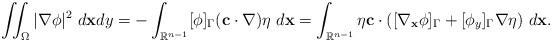
LaTeX: \begin{align*}\iint_\Omega|\nabla\phi|^2~d\mathbf{x}dy=-\int_{\mathbb{R}^{n-1}}[\phi]_\Gamma(\mathbf{c}\cdot\nabla)\eta~d\mathbf{x}=\int_{\mathbb{R}^{n-1}}\eta\mathbf{c}\cdot([\nabla_\mathbf{x}\phi]_\Gamma+[\phi_y]_\Gamma\nabla\eta)~d\mathbf{x}.\end{align*}